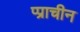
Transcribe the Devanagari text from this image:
प्प्राचीन